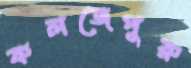
কলজেপুরু